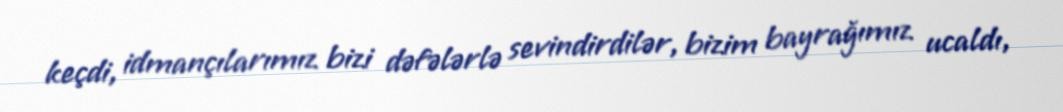
keçdi, idmançılarımız bizi dəfələrlə sevindirdilər, bizim bayrağımız ucaldı,